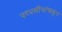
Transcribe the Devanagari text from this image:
परधर्मीयांकडून